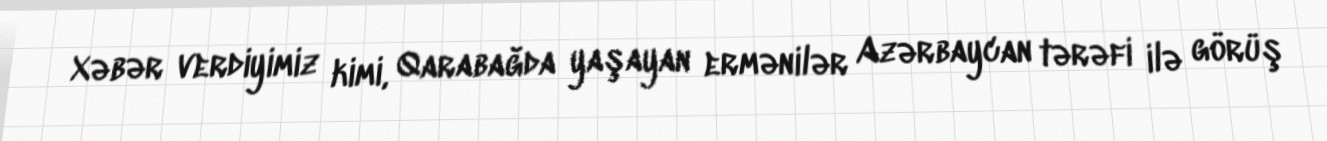
Xəbər verdiyimiz kimi, Qarabağda yaşayan ermənilər Azərbaycan tərəfi ilə görüş